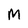
Character: M